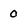
Character: 0